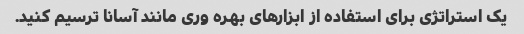
یک استراتژی برای استفاده از ابزارهای بهره وری مانند آسانا ترسیم کنید.